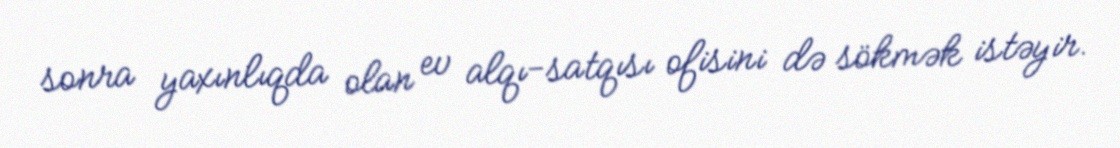
sonra yaxınlıqda olan ev alqı-satqısı ofisini də sökmək istəyir.